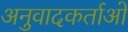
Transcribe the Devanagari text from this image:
अनुवादकर्ताओं